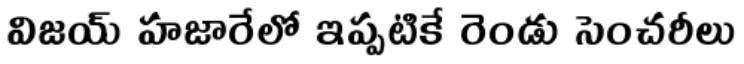
విజయ్ హజారేలో ఇప్పటికే రెండు సెంచరీలు